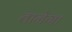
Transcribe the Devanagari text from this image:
तानेगा